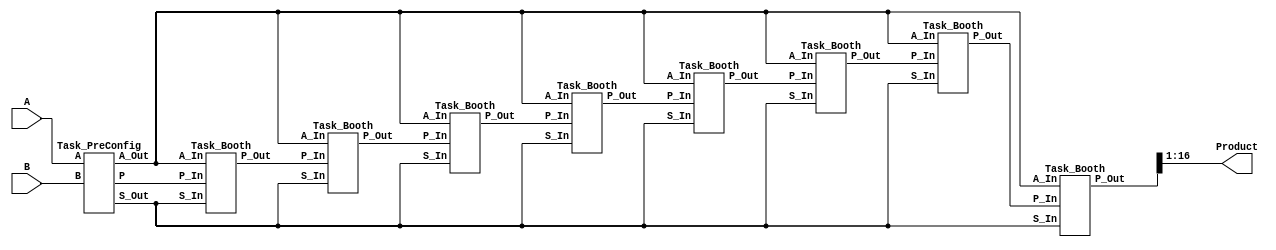
module immediate_booth_multiplier_module
(
     input [7:0]A,
	 input [7:0]B,
	 output [15:0]Product
);
    /*********************/
    
    wire [7:0]A_Out,S_Out;
    wire [16:0]P_Out_T0;
    
    Task_PreConfig T0( A,B, A_Out, S_Out, P_Out_T0 );
    
    wire [16:0]P_Out_T1;
    Task_Booth T1( P_Out_T0, A_Out, S_Out, P_Out_T1 );
    
    wire [16:0]P_Out_T2;
    Task_Booth T2( P_Out_T1, A_Out, S_Out, P_Out_T2 );
    
    wire [16:0]P_Out_T3;
    Task_Booth T3( P_Out_T2, A_Out, S_Out, P_Out_T3 );
    
    wire [16:0]P_Out_T4;
    Task_Booth T4( P_Out_T3, A_Out, S_Out, P_Out_T4 );
    
    wire [16:0]P_Out_T5;
    Task_Booth T5( P_Out_T4, A_Out, S_Out, P_Out_T5 );
    
    wire [16:0]P_Out_T6;
    Task_Booth T6( P_Out_T5, A_Out, S_Out, P_Out_T6 );
    
    wire [16:0]P_Out_T7;
    Task_Booth T7( P_Out_T6, A_Out, S_Out, P_Out_T7 );
    
    wire [16:0]P_Out_T8;
    Task_Booth T8( P_Out_T7, A_Out, S_Out, P_Out_T8 );
	 
	assign Product = P_Out_T8[16:1];
	
endmodule

module Task_PreConfig
(
    input [7:0]A,B,
    output [7:0]A_Out,S_Out,
    output [16:0]P
);

    assign A_Out = A;
    assign S_Out = ( ~A + 1'b1 );
    assign P = { 8'd0 , B , 1'b0 };

endmodule

module Task_Booth
(
    input [16:0]P_In,
    input [7:0]A_In,S_In,
    
    output [16:0]P_Out
);
   /***************/
   
   	wire [7:0]Diff1 = P_In[16:9] + A_In;
    wire [7:0]Diff2 = P_In[16:9] + S_In;
    
    reg [16:0]P;
    
    always @ (*)
        if( P_In[1:0] == 2'b01 ) P <= { Diff1[7] , Diff1 , P_In[8:1] };
		else if( P_In[1:0] == 2'b10 ) P <= { Diff2[7] , Diff2 , P_In[8:1] };
	    else P <= { P_In[16] , P_In[16:1] };
    
   assign P_Out = P;

endmodule